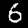
Label: 6